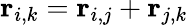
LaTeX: \mathbf{r}_{i,k}=\mathbf{r}_{i,j}+\mathbf{r}_{j,k}